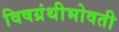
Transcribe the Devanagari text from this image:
विषग्रंथीभोवती